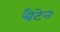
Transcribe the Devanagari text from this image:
चैटेन